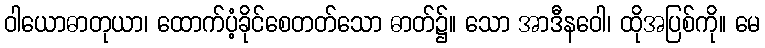
ဝါယောဓာတုယာ၊ ထောက်ပံ့ခိုင်စေတတ်သော ဓာတ်၌။ သော အာဒီနဝေါ၊ ထိုအပြစ်ကို။ မေ